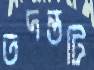
তদন্তটি